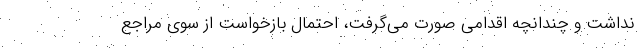
نداشت و چندانچه اقدامی صورت می‌گرفت، احتمال بازخواست از سوی مراجع